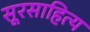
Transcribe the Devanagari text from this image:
सूरसाहित्य